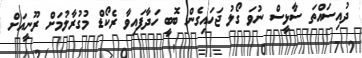
ދުއިސައްތަ ސާޅީސް ނުވަ ގޯލު ޖަހައިގެން ބޮބީ ހަދާފައިވާ ރެކޯޑް މުގުރާލުމަށް ރޫނީއަށް